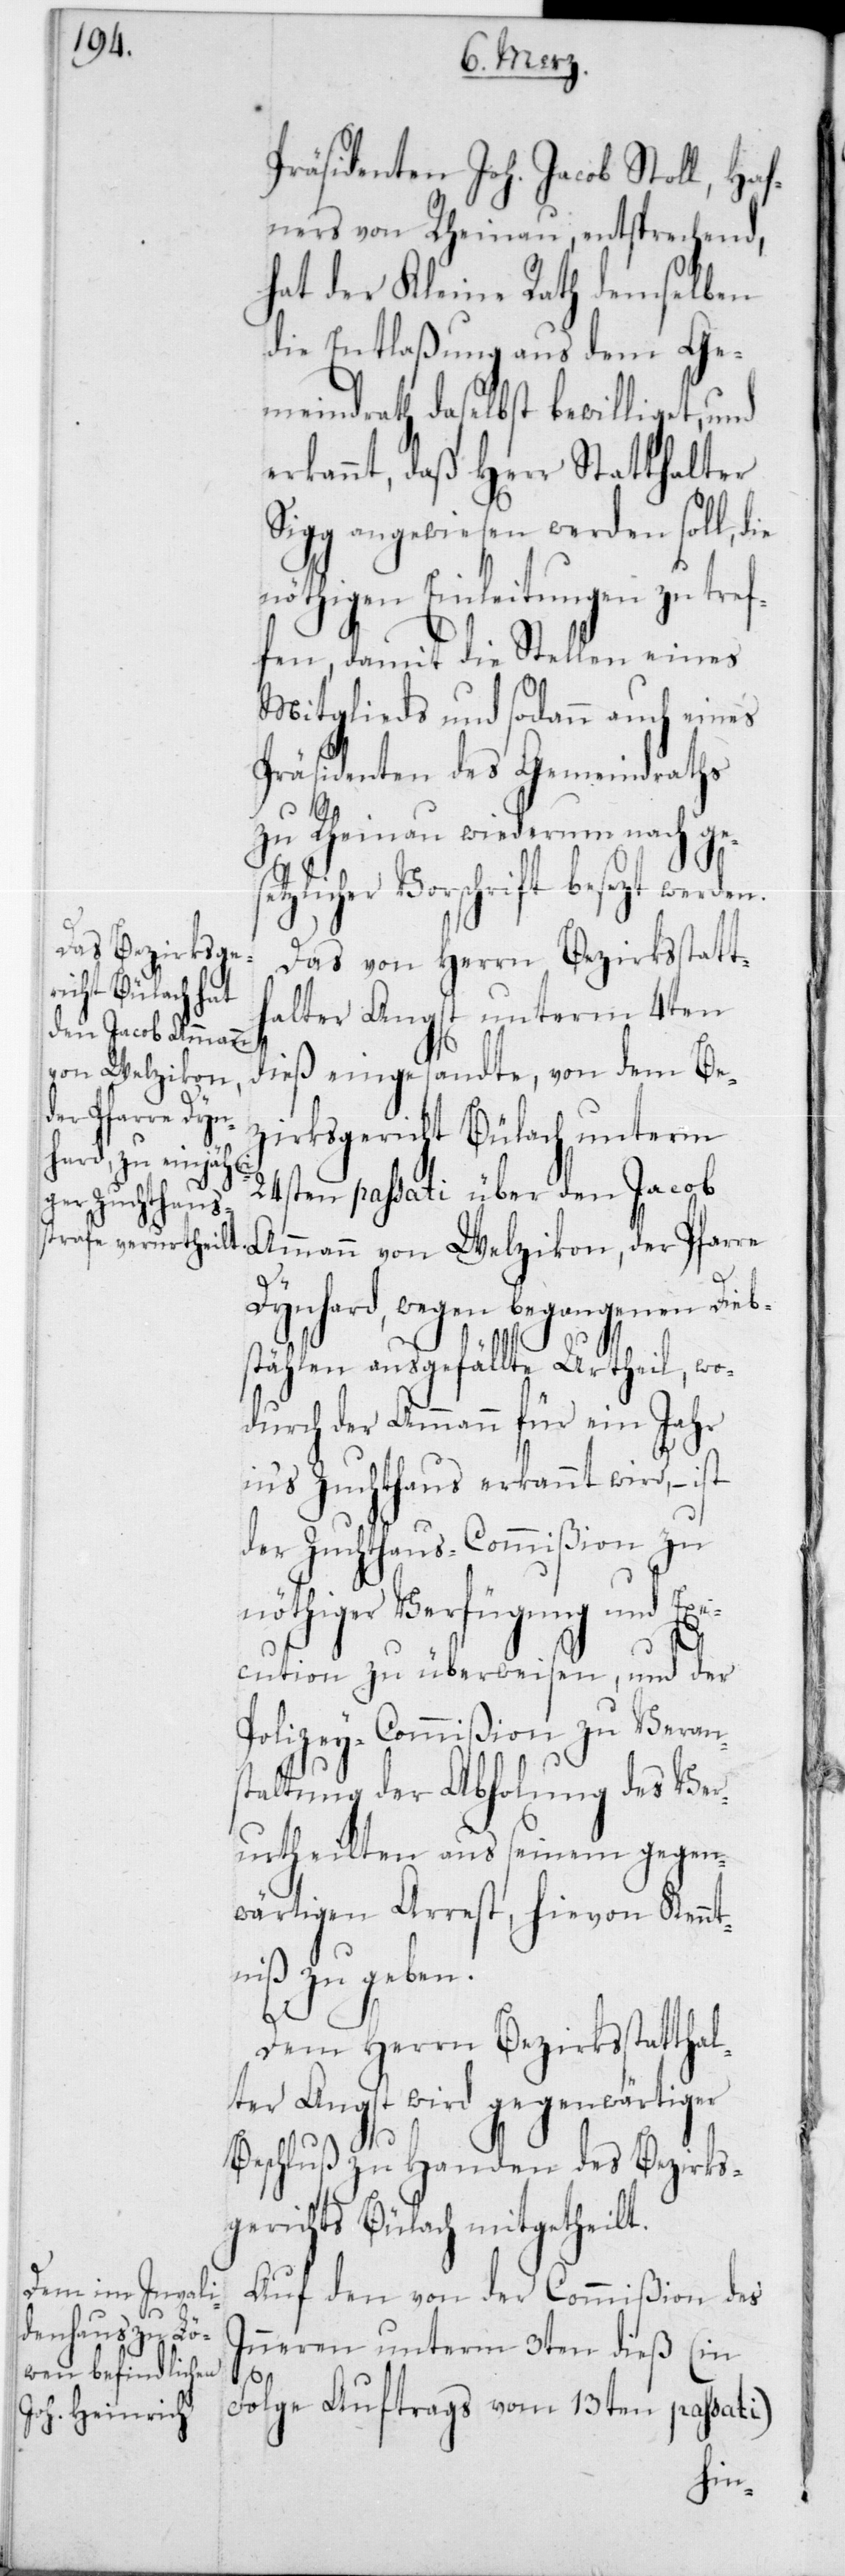
Präsidenten Joh. Jacob Stoll, Haf¬
ners von Rheinau, entsprechend,
hat der Kleine Rath demselben
die Entlaßung aus dem Ge¬
meindrath daselbst bewilliget, und
erkannt, daß Herr Statthalter
Sigg angewiesen werden soll, die
nöthigen Einleitungen zu tref¬
fen, damit die Stellen eines
Mitglieds und sodann auch eines
Präsidenten des Gemeindraths
zu Rheinau wiederum nach ge¬
licher Vorschrift besetzt wer¬
Das von Herrn Bezirksstatt¬
halter Angst unterm 4ten
dieß eingesandte, von dem Be¬
zirksgericht Bülach unterm
24sten passati über den Jacob
Ammann von Welzikon, der Pfarre
Dynhard, wegen begangenen Dieb¬
stählen ausgefällte Urtheil, wo¬
durch der Ammann für ein Jahr
in‘s Zuchthaus erkannt wird, – ist
der Zuchthaus-Commißion zu
nöthiger Verfügung und Exe¬
den.
cution zu überweisen, und der
Polizey-Commißion zu Veran¬
staltung der Abholung des Ver¬
urtheilten aus seinem gegen¬
wärtigen Arrest, hievon Kennt¬
niß zu geben.
Dem Herrn Bezirksstattha¬
lter Angst wird gegenwärtiger
Beschluß zu Handen des Bezirks¬
gerichts Bülach mitgetheilt.
Auf den von der Commißion des
Innern unterm 3ten dieß (in
Folge Auftrags vom 13ten passati)
hin-